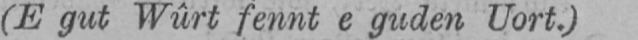
(E gut Wûrt fennt e guden Uort.)